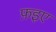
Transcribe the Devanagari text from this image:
फ़इए